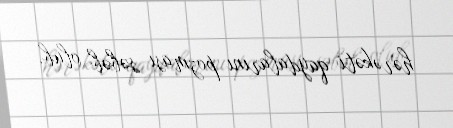
hərəkəti qaydalarını pozması səbəb olub.